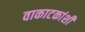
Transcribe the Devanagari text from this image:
वाकाटकांशी